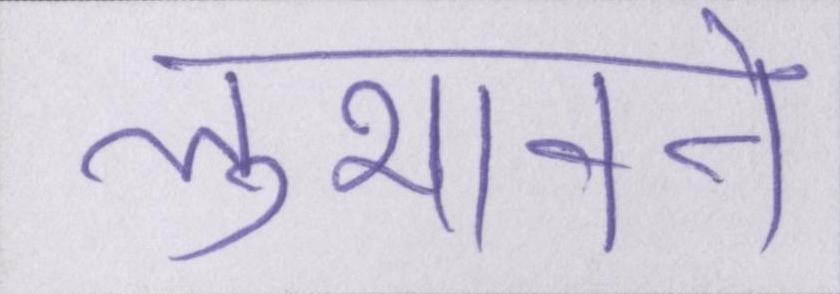
लुभावने